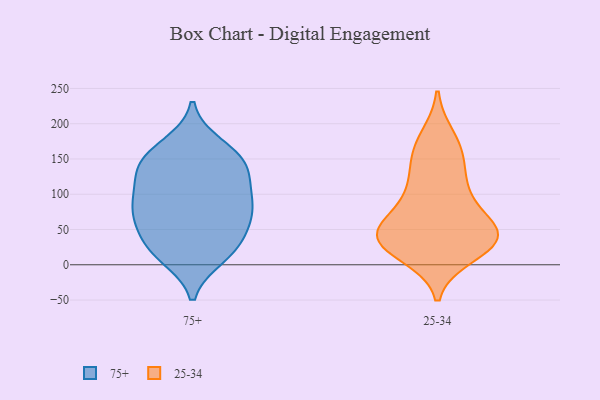
{"axis": {"x": "Humidity (%)", "y": "Value"}, "legend": ["25-34", "75+"], "data": [{"x": "", "y": 155, "type": "75+"}, {"x": "", "y": 132, "type": "75+"}, {"x": "", "y": 60, "type": "75+"}, {"x": "", "y": 127, "type": "75+"}, {"x": "", "y": 27, "type": "75+"}, {"x": "", "y": 144, "type": "75+"}, {"x": "", "y": 11, "type": "75+"}, {"x": "", "y": 80, "type": "75+"}, {"x": "", "y": 45, "type": "75+"}, {"x": "", "y": 23, "type": "75+"}, {"x": "", "y": 134, "type": "75+"}, {"x": "", "y": 76, "type": "75+"}, {"x": "", "y": 101, "type": "75+"}, {"x": "", "y": 63, "type": "75+"}, {"x": "", "y": 170, "type": "75+"}, {"x": "", "y": 159, "type": "75+"}, {"x": "", "y": 92, "type": "75+"}, {"x": "", "y": 14, "type": "75+"}, {"x": "", "y": 90, "type": "75+"}, {"x": "", "y": 157, "type": "25-34"}, {"x": "", "y": 42, "type": "25-34"}, {"x": "", "y": 41, "type": "25-34"}, {"x": "", "y": 159, "type": "25-34"}, {"x": "", "y": 110, "type": "25-34"}, {"x": "", "y": 179, "type": "25-34"}, {"x": "", "y": 37, "type": "25-34"}, {"x": "", "y": 62, "type": "25-34"}, {"x": "", "y": 35, "type": "25-34"}, {"x": "", "y": 89, "type": "25-34"}, {"x": "", "y": 115, "type": "25-34"}, {"x": "", "y": 33, "type": "25-34"}, {"x": "", "y": 16, "type": "25-34"}, {"x": "", "y": 38, "type": "25-34"}, {"x": "", "y": 41, "type": "25-34"}]}